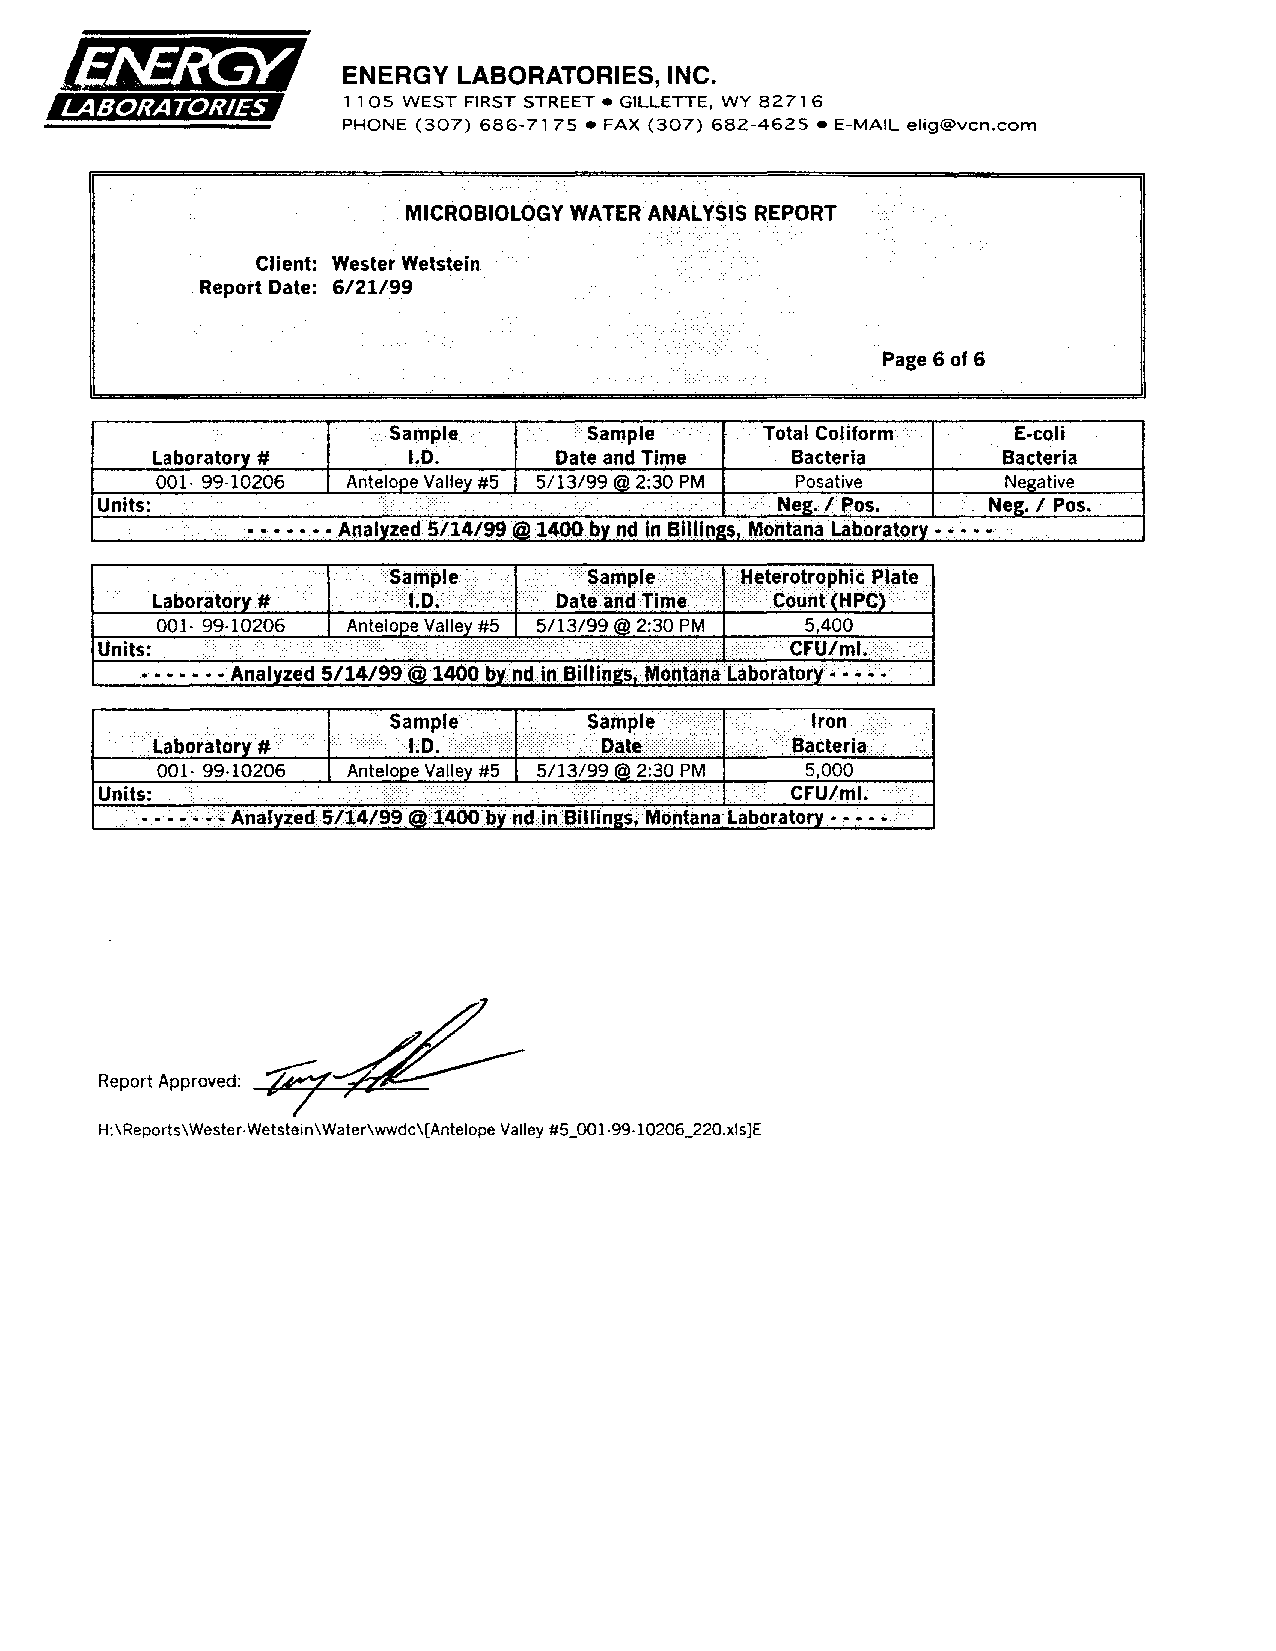
ENERGY LABORATORIES, INC.
 1105 WEST FIRST STREET. GILLETTE, WY 82716
 PHONE (307) 686-7175 • FAX (307) 682-4625 • E-MAIL elig@vcn.com
 MICROBIOLOGY WATER ANALYSIS REPORT
 Client: Wester Wetstein
 Report Date: 6/21/99
 Page 6 of 6
 Sample       Sample .... ;. Total Coliform E-coli
 Laboratory #     1.0.      Date and Time . Bacteria     Bacteria
 001· 99·10206 Antelope Valley #5 5/13/99 @ 2:30 PM Posative Negative
 Units:  .              ... ...•.. ." ;..' ........... .•· ....... ··.1 .. ' Neg. / Pos. Neg. 1 Pos .
 .. -....... .. Analyzed5114/99@ 1400bynd in Billings, Montana Laboratory· .......
 ;.Hf!terotrQphic Plate
 CounfHPC ...
 5,400
 ·CF'U/ml.
 H:\Reports\Wester·Wetstein\Water\wwdc\[Antelope Valley #5_001·99·10206_220.xls]E